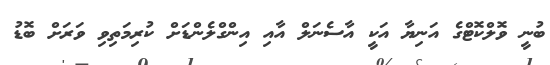
ބުނީ ވޮލްކޮޓްގެ އަނިޔާ އަކީ އާސެނަލް އާއި އިންގްލެންޑަށް ކުރިމަތިވި ވަރަށް ބޮޑު